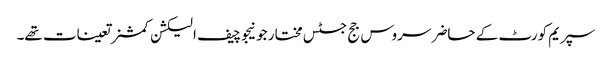
سپریم کورٹ کے حاضر سروس جج جسٹس مختار جونیجو چیف الیکشن کمشنر تعینات تھے۔